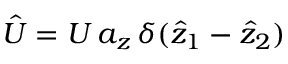
\hat { U } = U \, a _ { z } \, \delta ( \hat { z } _ { 1 } - \hat { z } _ { 2 } )